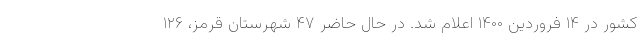
کشور در ۱۴ فروردین ۱۴۰۰ اعلام شد. در حال حاضر ۴۷ شهرستان قرمز، ۱۲۶